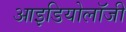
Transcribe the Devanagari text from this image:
आइडियोलॉजी